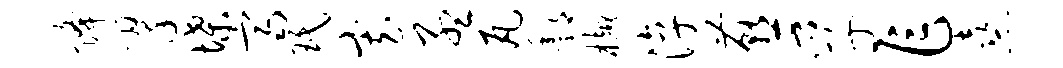
降翠堞齐珉寡孟瓦酆樾淳燕孚乍熹